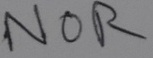
Text: NOR